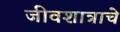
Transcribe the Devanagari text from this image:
जीवशात्राचे